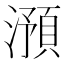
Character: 澦